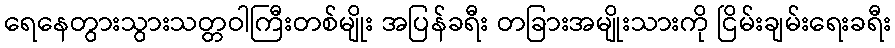
ရေနေတွားသွားသတ္တဝါကြီးတစ်မျိုး အပြန်ခရီး တခြားအမျိုးသားကို ငြိမ်းချမ်းရေးခရီး